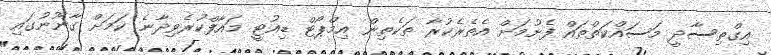
އިގްތިސާދީ މަސައްކަތްތައް ފެށުމަށް އެތެރެކުރާ ތަކެތިން އިމްޕޯޓް ޑިއުޓީ މައާފްކުރެވިދާނެ ކަމަށް ގާނޫނުގައި